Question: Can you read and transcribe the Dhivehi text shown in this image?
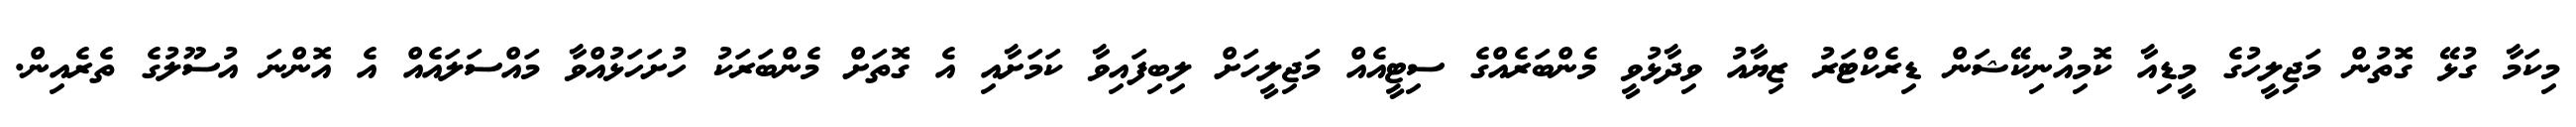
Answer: މިކަމާ ގުޅޭ ގޮތުން މަޖިލީހުގެ މީޑިއާ ކޮމިއުނިކޭޝަން ޑިރެކްޓަރު ޒިޔާއު ވިދާޅުވީ މެންބަރެއްގެ ސިޓީއެއް މަޖިލީހަށް ލިބިފައިވާ ކަމަށާއި އެ ގޮތަށް މެންބަރަކު ހުށަހަޅުއްވާ މައްސަލައެއް އެ އޮންނަ އުސޫލުގެ ތެރެއިން.